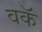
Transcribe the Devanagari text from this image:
वकॅ